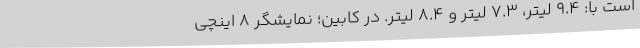
است با: 9.4 لیتر، 7.3 لیتر و 8.4 لیتر. در کابین؛ نمایشگر 8 اینچی